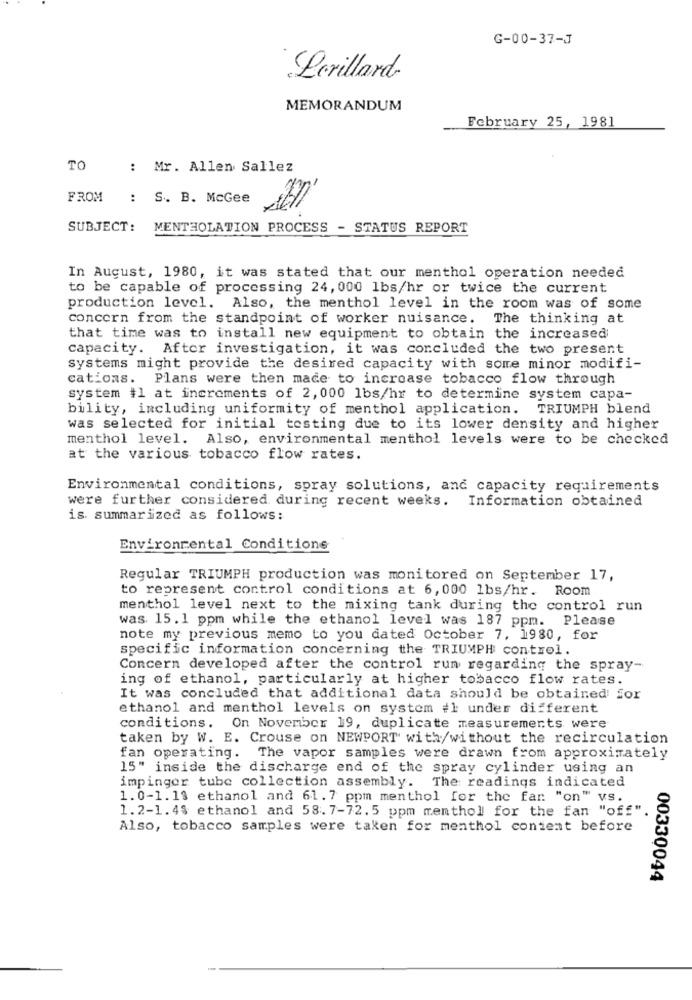
G-00-37-J
Lerillard
MEMORANDUM
February 25, 1981
TO
: Mr. Allen Sallez
FROM : S. B. McGee
SUBJECT:
MENTHOLATION PROCESS - STATUS REPORT
In August, 1980, it was stated that our menthol operation needed
to be capable of processing 24, 000 1bs/hr or twice the current
production level. Also, the menthol level in the room was of some
concern from the standpoint of worker nuisance. The thinking at
that time was to install new equipment to obtain the increased
capacity. After investigation, it was concluded the two present
systems might provide the desired capacity with some minor modifi-
cations.
Plans were then made to increase tobacco flow through
system #1 at increments of 2,000 1bs/hr to determine system capa-
bility, including uniformity of menthol application. TRIUMPH blend
was selected for initial testing due to its lower density and higher
menthol level. Also, environmental menthol levels were to be checked
at the various tobacco flow rates.
Environmental conditions, spray solutions, and capacity requirements
were further considered during recent weeks. Information obtained
is. summarized as follows:
Environmental Conditions
Regular TRIUMPH production was monitored on September 17,
to represent control conditions at 6,000 lbs/hr. Room
menthol level next to the mixing tank during the control run
was. 15.1 ppm while the ethanol level was 187 ppm. Please
note my previous memo to you dated October 7, 1980, for
specific information concerning the TRIUMPH control.
Concern developed after the control run regarding the spray-
ing of ethanol, particularly at higher tobacco flow rates.
It was concluded that additional data should be obtained for
ethanol and menthol levels on system #1 under different
conditions. On November 19, duplicate measurements were
taken by W. E. Crouse on NEWPORT with/without the recirculation
fan operating. The vapor samples were drawn from approximately
15" inside the discharge end of the spray cylinder using an
impinger tube collection assembly. The readings indicated
1.0-1.13 ethanol and 61.7 ppm menthol for the fan "on" VS.
1.2-1.4% ethanol and 58. 7-72.5 ppm menthol for the fan "off".
Also, tobacco samples were taken for menthol content before
00330044
-